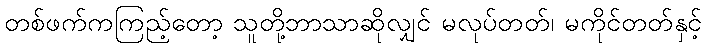
တစ်ဖက်ကကြည့်တော့ သူတို့ဘာသာဆိုလျှင် မလုပ်တတ်၊ မကိုင်တတ်နှင့်